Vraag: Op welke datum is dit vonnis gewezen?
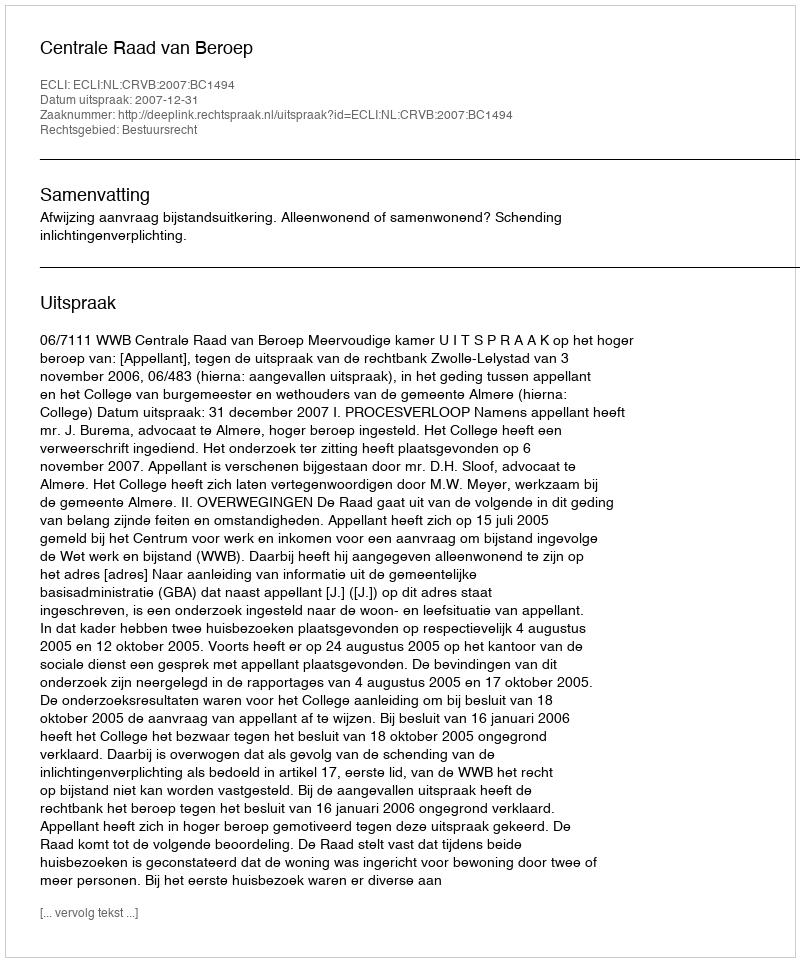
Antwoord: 2007-12-31